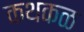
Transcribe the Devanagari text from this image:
कथकळ